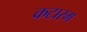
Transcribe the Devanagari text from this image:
कटारम